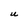
Character: P